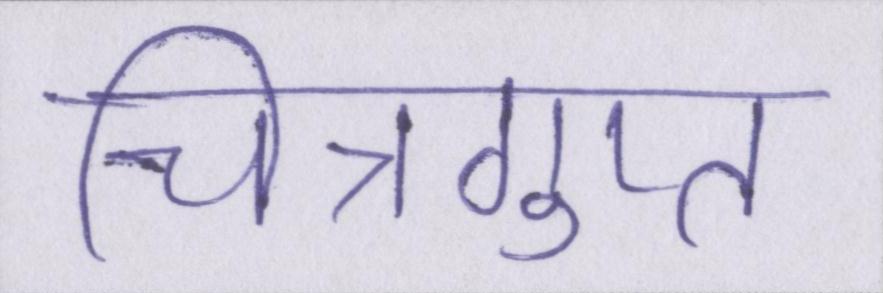
चित्रगुप्त